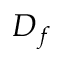
D _ { f }